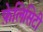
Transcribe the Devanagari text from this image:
फ़ेलिसिटी